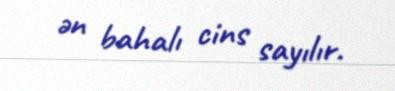
ən bahalı cins sayılır.